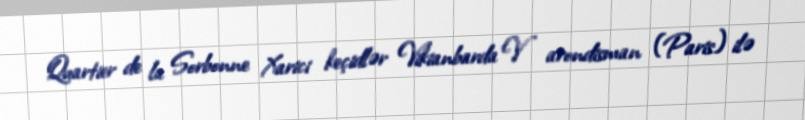
Quartier de la Sorbonne Xarici keçidlər Vikianbarda V arondisman (Paris) ilə